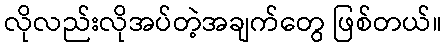
လိုလည်းလိုအပ်တဲ့အချက်တွေ ဖြစ်တယ်။